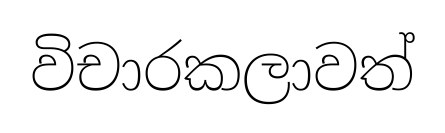
විචාරකලාවත්